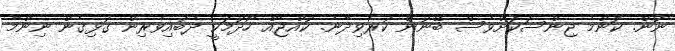
ނޫން. ކޮންމެ ޖިންސަކަށްވެސް ބޭނުން ކުރެވިދާނެ. ކުއްޖެއް ހޯދުމަކީ ދެބައިވެރިން ގުޅިގެން ނިންމާ